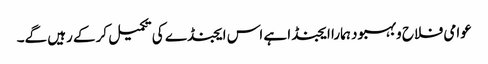
عوامی فلاح وبہبود ہمارا ایجنڈا ہے اس ایجنڈے کی تکمیل کرکے رہیں گے۔